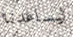
ليساعدنا